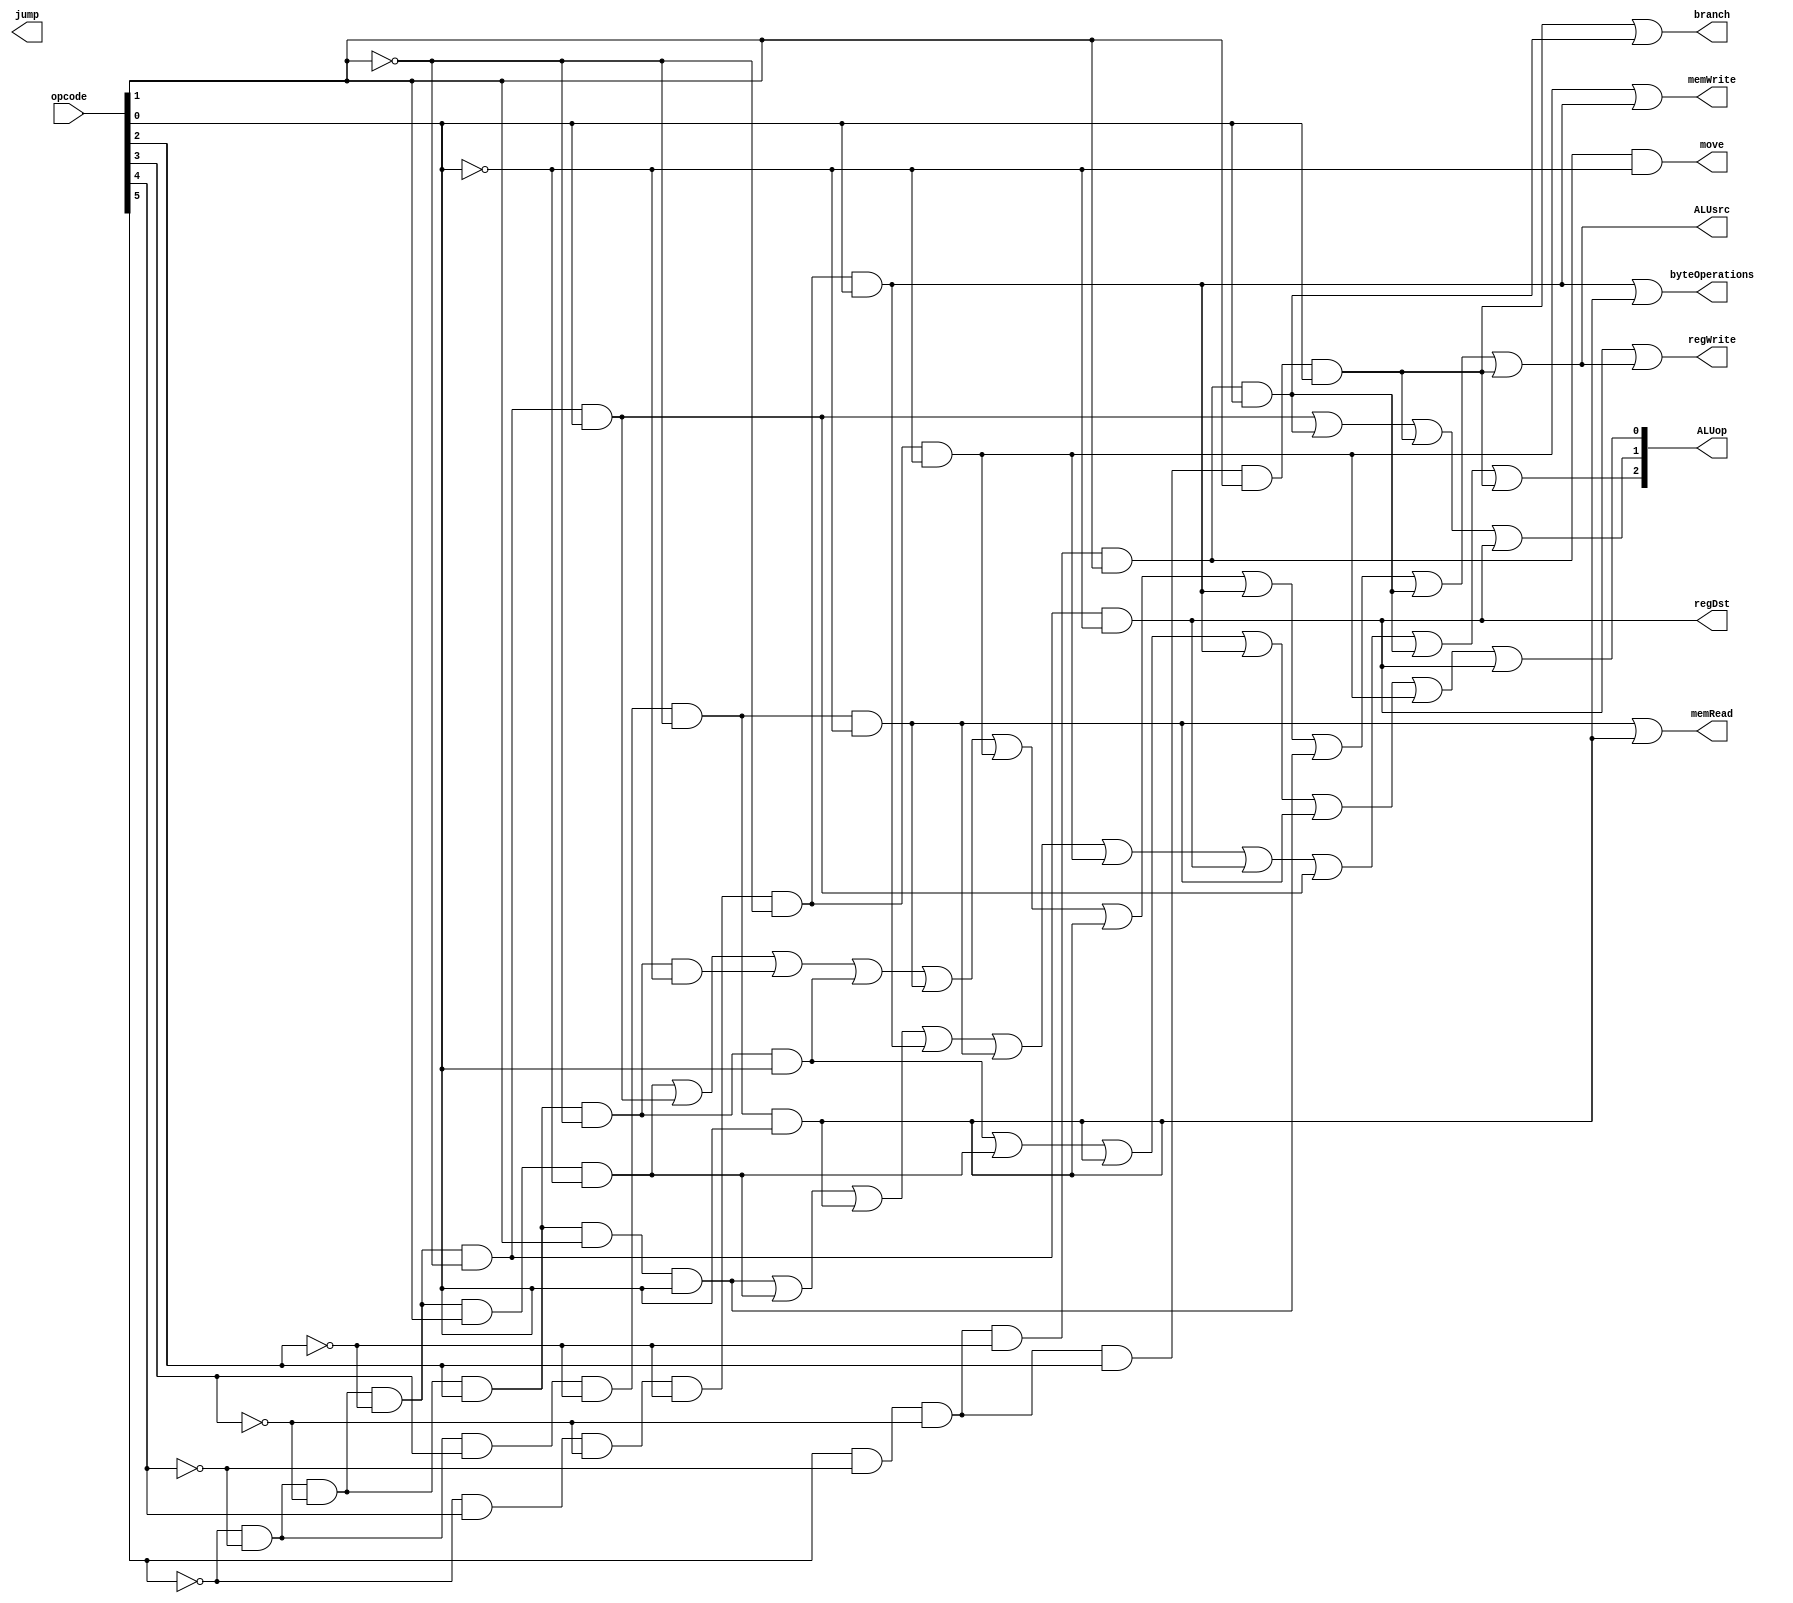
module control_unit(
output regDst,
output branch,
output memRead,
output memWrite,
output [2:0] ALUop, 
output ALUsrc,
output regWrite,
output jump,
output byteOperations,
output move, 
input [5:0] opcode);

	wire addi, subi, andi, ori,lw, sw, lb, sb, slti, beq, bnq;
	wire r_type, i_type, j_type;


	wire [5:0] opcode_not;

	not not5(opcode_not[5], opcode[5]);
	not not4(opcode_not[4], opcode[4]);
	not not3(opcode_not[3], opcode[3]);
	not not2(opcode_not[2], opcode[2]);
	not not1(opcode_not[1], opcode[1]);
	not not0(opcode_not[0], opcode[0]); 

	and is_r (r_type, opcode_not[5], opcode_not[4], opcode_not[3], opcode_not[2], opcode_not[1], opcode_not[0]);

	and is_addi (addi, opcode_not[5], opcode_not[4], opcode_not[3], opcode_not[2], opcode[1], opcode_not[0]);
	
	and is_subi (subi, opcode_not[5], opcode_not[4], opcode_not[3], opcode_not[2], opcode_not[1], opcode[0]);
	
	and is_andi (andi, opcode_not[5], opcode_not[4], opcode_not[3], opcode[2], opcode_not[1], opcode_not[0]);
	
	and is_ori (ori, opcode_not[5], opcode_not[4], opcode_not[3], opcode[2], opcode_not[1], opcode[0]);
	
	and is_lw (lw, opcode_not[5], opcode_not[4], opcode[3], opcode_not[2], opcode_not[1], opcode_not[0]);
	
	and is_sw (sw, opcode_not[5], opcode[4], opcode_not[3], opcode_not[2], opcode_not[1], opcode_not[0]);
	
	and is_lb (lb, opcode_not[5], opcode_not[4], opcode[3], opcode_not[2], opcode_not[1], opcode[0]);
	
	and is_sb (sb, opcode_not[5], opcode[4], opcode_not[3], opcode_not[2], opcode_not[1], opcode[0]);
	
	and is_slti (slti, opcode_not[5], opcode_not[4], opcode_not[3], opcode[2], opcode[1], opcode[0]);
	
	and is_beq (beq, opcode[5], opcode_not[4], opcode_not[3], opcode_not[2], opcode[1], opcode[0]);
	
	and is_bnq (bnq, opcode[5], opcode_not[4], opcode_not[3], opcode[2], opcode[1], opcode[0]);

	or is_i(i_type, addi, subi, andi, ori, lw, sw,lb, sb, slti, beq, bnq, 1'b0);


and is_move(move, opcode[5], opcode_not[4], opcode_not[3], opcode_not[2], opcode[1], opcode_not[0]);

and is_regDst(regDst, r_type, 1'b1);
or is_branch(branch, bnq, beq,1'b0);
or is_mem_read(memRead, lw, lb, 1'b0);
or is_mem_write(memWrite, sw, sb, 1'b0);
and is_alu_src(ALUsrc, i_type, 1'b1);
or is_reg_write(regWrite, r_type, i_type, 1'b0);
// and is_jump(jump, j_type, 1'b1);

or is_byteOperations(byteOperations, sb,lb, 1'b0);

or ALUop2(ALUop[2], slti, addi, lb, sb,lw, sw, r_type, subi, beq, bnq, 1'b0);
or ALUop1(ALUop[1], subi, beq, bnq, r_type, 1'b0);
or ALUop0(ALUop[0], ori, addi, lb, sb, lw, sw, r_type, 1'b0);
 
endmodule